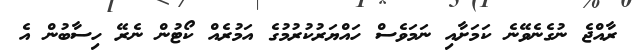
ރާއްޖެ ނުގެނެވޭނެ ކަމަށާއި ނަަމަވެސް ހައްޔަރުކުރުމުގެ އަމުރެއް ކޯޓުން ނެރޭ ހިސާބުން އެ